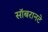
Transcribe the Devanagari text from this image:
सॉबरानटे